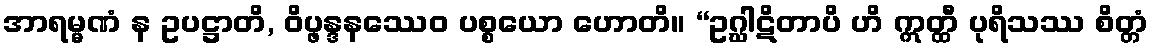
အာရမ္မဏံ န ဥပဋ္ဌာတိ, ဝိပ္ဖန္ဒနဿေဝ ပစ္စယော ဟောတိ။ “ဥဂ္ဃါဋိတာပိ ဟိ ဣတ္ထီ ပုရိသဿ စိတ္တံ